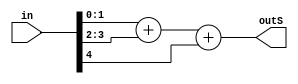
`timescale 1ns / 1ps
//////////////////////////////////////////////////////////////////////////////////
// Company: 
// Engineer: 
// 
// Design Name: Jorge Angarita
// Module Name: Sum221
// Project Name: 
// Target Devices: 
// Tool Versions: 
// Description: 
// 
// Dependencies: 
// 
// Revision:
// Revision 0.01 - File Created
// Additional Comments:
// 
//////////////////////////////////////////////////////////////////////////////////


module Sum221(
    input [4:0] in,
    output [2:0] outS
    );
    wire [1:0] A = in[1:0];
    wire [1:0] B = in[3:2];
    wire C = in[4]; 
    
    assign outS = A + B + C;
endmodule